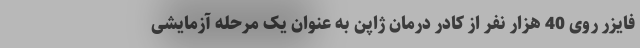
فایزر روی 40 هزار نفر از کادر درمان ژاپن به عنوان یک مرحله آزمایشی